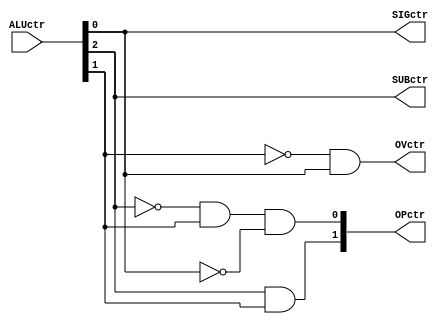
module alu_dispatcher(
        input   [2:0]   ALUctr,
        output          SUBctr,
        output          OVctr,
        output          SIGctr,
        output  [1:0]   OPctr
    );

    assign SUBctr   = ALUctr[2];
    assign OVctr    = ~ALUctr[1] & ALUctr[0];
    assign SIGctr   = ALUctr[0];
    assign OPctr[1] = ALUctr[2] & ALUctr[1];
    assign OPctr[0] = ~ALUctr[2] & ALUctr[1] & ~ALUctr[0];
endmodule